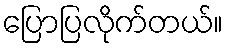
ပြောပြလိုက်တယ်။